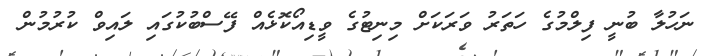
ނަހުލާ ބުނީ ފިލްމުގެ ހަތަރު ވަރަކަށް މިނިޓުގެ ވީޑިއޯކޮޅެއް ފޭސްބުކުގައި ލައިވް ކުރުމުން